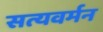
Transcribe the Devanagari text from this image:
सत्यवर्मन